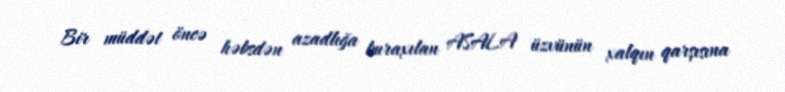
Bir müddət öncə həbsdən azadlığa buraxılan ASALA üzvünün xalqın qarşısına